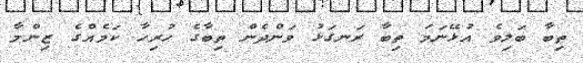
ތިބާ ބަލިވެ އުޅޭނަމަ ތިބާ ރަނގަޅު ވަންދެން ތިބާގެ ހުރިހާ ކަމެއްގެ ޒިންމާ